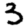
Digit: 3